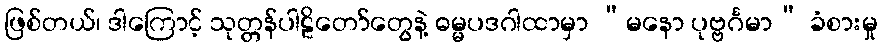
ဖြစ်တယ်၊ ဒါကြောင့် သုတ္တန်ပါဠိတော်တွေနဲ့ ဓမ္မပဒဂါထာမှာ “မနော ပုဗ္ဗင်္ဂမာ” ခံစားမှု